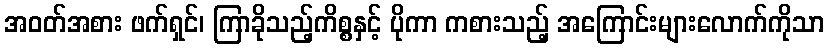
အဝတ်အစား ဖက်ရှင်၊ ကြာခိုသည့်ကိစ္စနှင့် ပိုကာ ကစားသည့် အကြောင်းများလောက်ကိုသာ